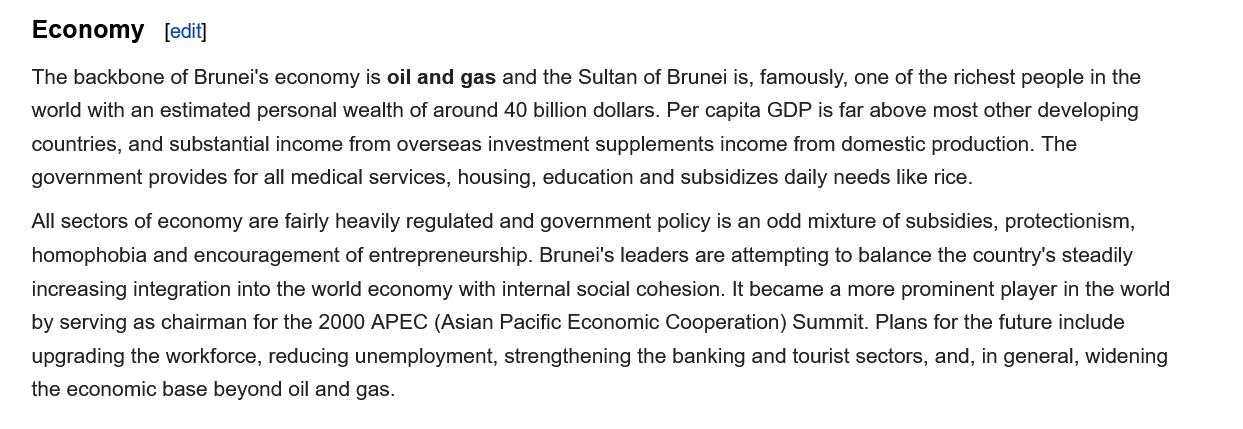
Economy
   The  backbone of Brunei's economy is oil and gas and the Sultan of Brunei is, famously, one of the richest people in the
   world with an estimated personal wealth of around 40 billion dollars. Per capita GDP is far above most other developing
   countries, and substantial income from overseas investment supplements income from domestic production. The
   government provides for all medical services, housing, education and subsidizes daily needs like rice.
   All sectors of economy are fairly heavily regulated and government policy is an odd mixture of subsidies, protectionism,
    homophobia and encouragement of entrepreneurship. Brunei's leaders are attempting to balance the country's steadily
    increasing integration into the world economy with internal social cohesion. It became a more prominent player in the world
    by serving as chairman for the 2000 APEC (Asian Pacific Economic Cooperation) Summit. Plans for the future include
    upgrading the workforce, reducing unemployment, strengthening the banking and tourist sectors, and, in general, widening
   the economic base beyond oil and gas.
     [edit]